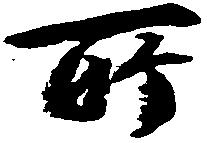
所